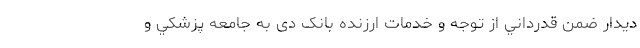
دیدار ضمن قدرداني از توجه و خدمات ارزنده بانک دی به جامعه پزشكي و